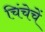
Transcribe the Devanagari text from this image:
चिंचेचें